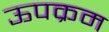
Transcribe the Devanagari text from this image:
ऊपक्रम